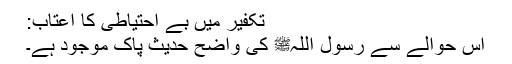
تکفیر میں بے احتیاطی کا اعتاب:
اس حوالے سے رسول اللہﷺ کی واضح حدیث پاک موجود ہے۔